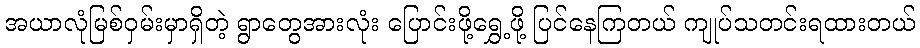
အယာလုံမြစ်ဝှမ်းမှာရှိတဲ့ ရွာတွေအားလုံး ပြောင်းဖို့ရွှေ့ဖို့ ပြင်နေကြတယ် ကျုပ်သတင်းရထားတယ်